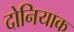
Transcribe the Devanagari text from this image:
दोनियाक